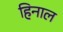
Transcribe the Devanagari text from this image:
हिनाल